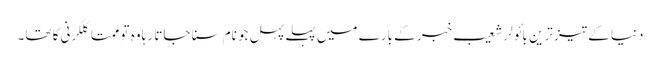
دنیا کے تیز ترین بائولر شعیب خبر کے بارے میں پہلے پہل جو نام سنا جاتا رہا وہ تو ممتا کلکرنی کا تھا۔